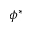
\phi ^ { * }